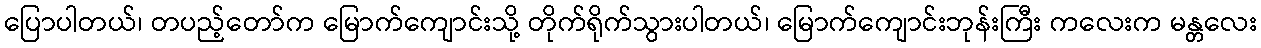
ပြောပါတယ်၊ တပည့်တော်က မြောက်ကျောင်းသို့ တိုက်ရိုက်သွားပါတယ်၊ မြောက်ကျောင်းဘုန်းကြီး ကလေးက မန္တလေး